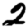
Digit: 2